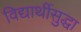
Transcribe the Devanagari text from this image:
विद्यार्थीसुद्धा